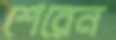
শেরেন